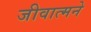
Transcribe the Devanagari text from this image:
जीवात्मने